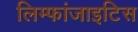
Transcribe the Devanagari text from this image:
लिम्फांजाइटिस